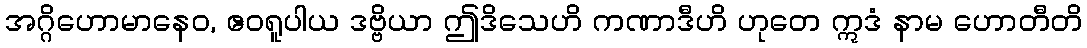
အဂ္ဂိဟောမာနေဝ, ဧဝရူပါယ ဒဗ္ဗိယာ ဤဒိသေဟိ ကဏာဒီဟိ ဟုတေ ဣဒံ နာမ ဟောတီတိ